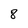
Character: 8